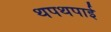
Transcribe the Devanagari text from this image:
थपथपाई